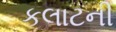
કલાટની